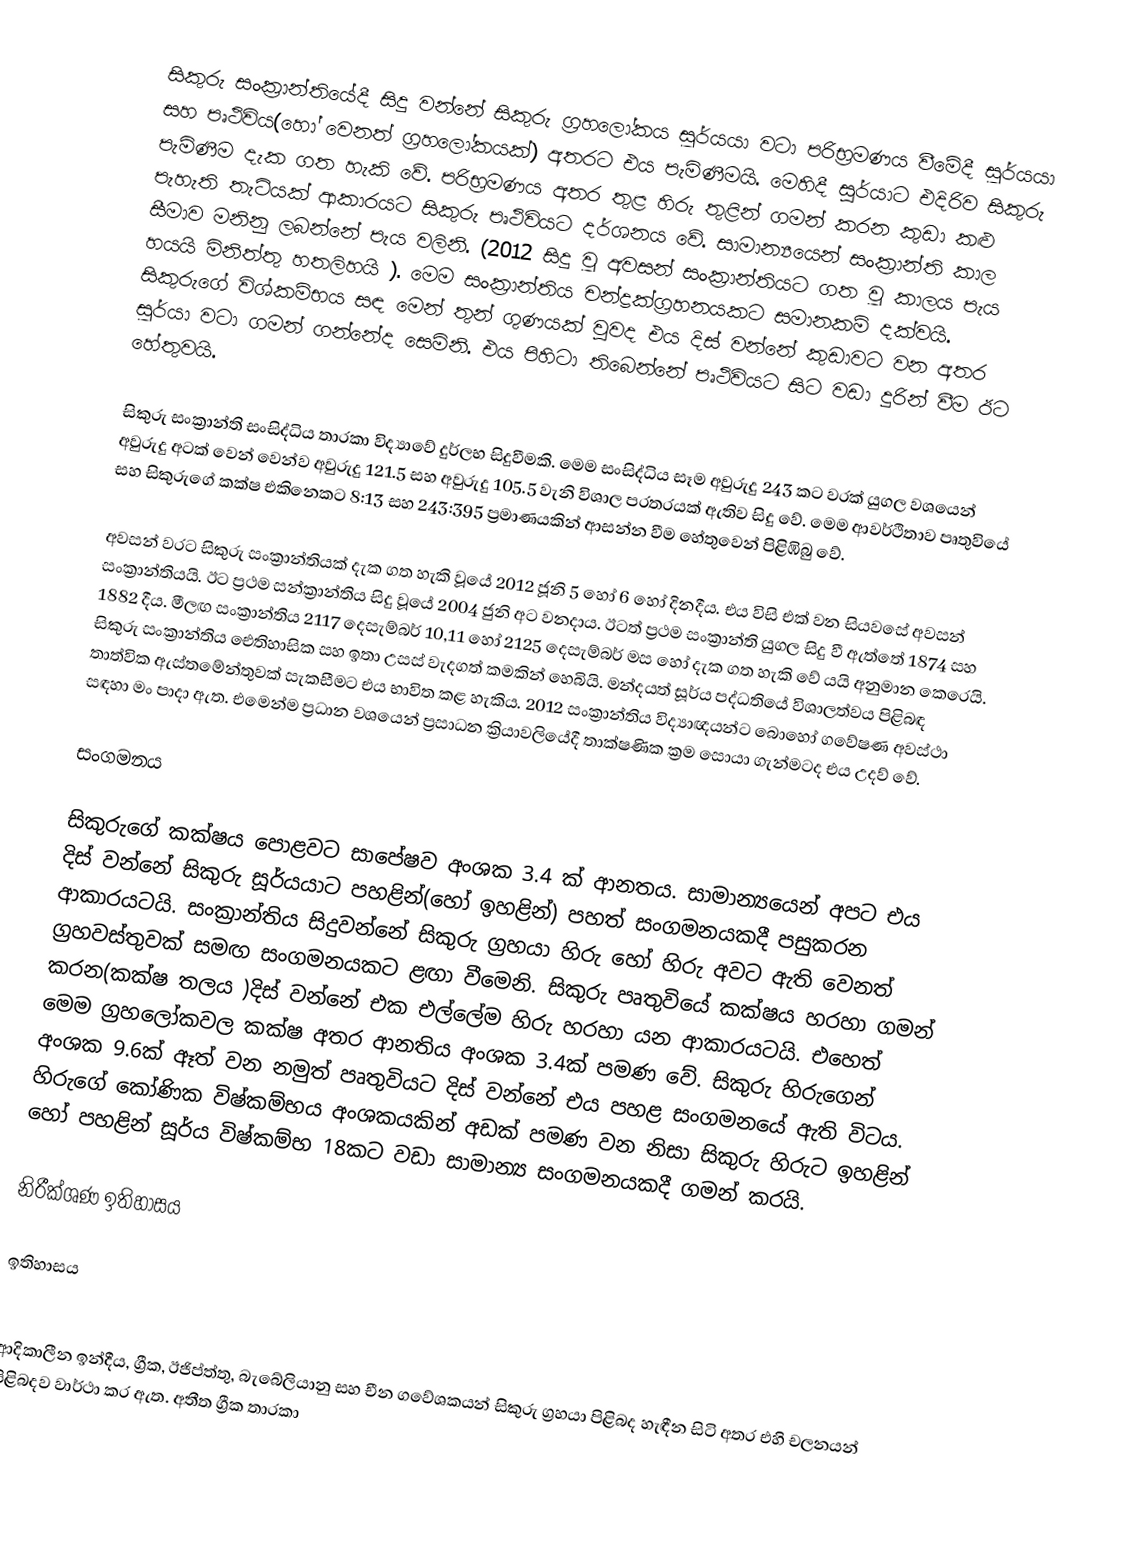
සිකුරු සංක්‍රාන්තියේදී සිදු වන්නේ සිකුරු ග්‍රහලෝකය සූර්යයා වටා පරිභ්‍රමණය වීමේදී සූර්යයා සහ පෘථිවිය(හෝ වෙනත් ග්‍රහලෝකයක්) අතරට එය පැමිණීමයි. මෙහිදී සුර්යාට එදිරිව සිකුරු පැමිණීම දැක ගත හැකි වේ. පරිභ්‍රමණය අතර තුළ හිරු තුළින් ගමන් කරන කුඩා කළු පැහැති තැටියක් ආකාරයට සිකුරු පෘථිවියට දර්ශනය වේ. සාමාන්‍යයෙන් සංක්‍රාන්ති කාල සීමාව මනිනු ලබන්නේ පැය වලිනි. (2012 සිදු වූ අවසන් සංක්‍රාන්තියට ගත වූ කාලය පැය හයයි මිනිත්තු හතලිහයි ). මෙම සංක්‍රාන්තිය චන්ද්‍රක්ග්‍රහනයකට සමානකම් දක්වයි. සිකුරුගේ විශ්කම්භය සඳ මෙන් තුන් ගුණයක් වුවද එය දිස් වන්නේ කුඩාවට වන අතර සූර්යා වටා ගමන් ගන්නේද සෙමිනි. එය පිහිටා තිබෙන්නේ පෘථිවියට සිට වඩා දුරින් වීම ඊට හේතුවයි.

සිකුරු සංක්‍රාන්ති සංසිද්ධිය තාරකා විද්‍යාවේ දුර්ලභ සිදුවීමකි. මෙම සංසිද්ධිය සෑම අවුරුදු 243 කට වරක් යුගල වශයෙන් අවුරුදු අටක් වෙන් වෙන්ව අවුරුදු 121.5 සහ අවුරුදු 105.5 වැනි විශාල පරතරයක් ඇතිව සිදු වේ. මෙම ආවර්ථිතාව පෘතුවියේ සහ සිකුරුගේ කක්ෂ එකිනෙකට 8:13 සහ 243:395 ප්‍රමාණයකින් ආසන්න වීම හේතුවෙන් පිළිඹිබු  වේ.

අවසන් වරට සිකුරු සංක්‍රාන්තියක් දැක ගත හැකි  වූයේ 2012 ජූනි 5 හෝ  6 හෝ දිනදීය. එය විසි එක් වන සියවසේ අවසන් සංක්‍රාන්තියයි. ඊට ප්‍රථම සන්ක්‍රාන්තිය සිදු වූයේ 2004 ජුනි අට  වනදාය. ඊටත් ප්‍රථම සංක්‍රාන්ති යුගල සිදු වී ඇත්තේ 1874 සහ 1882 දීය. මීලඟ සංක්‍රාන්තිය 2117 දෙසැම්බර් 10,11 හෝ 2125 දෙසැම්බර් මස හෝ දැක ගත හැකි වේ යයි අනුමාන කෙරෙයි. සිකුරු සංක්‍රාන්තිය ඓතිහාසික සහ ඉතා උසස් වැදගත් කමකින් හෙබියි. මන්දයත් සූර්ය පද්ධතියේ විශාලත්වය පිළිබඳ තාත්වික ඇස්තමේන්තුවක් සැකසීමට එය භාවිත කළ හැකිය. 2012 සංක්‍රාන්තිය විද්‍යාඥයන්ට බොහෝ ගවේෂණ අවස්ථා සඳහා මං පාදා ඇත. එමෙන්ම ප්‍රධාන වශයෙන් ප්‍රසාධන ක්‍රියාවලියේදී තාක්ෂණික ක්‍රම සොයා ගැන්මටද එය උදව් වේ.

සංගමනය

සිකුරුගේ කක්ෂය පොළවට සාපේෂව අංශක 3.4 ක් ආනතය. සාමාන්‍යයෙන් අපට එය දිස් වන්නේ සිකුරු සූර්යයාට පහළින්(හෝ ඉහළින්) පහත් සංගමනයකදී පසුකරන ආකාරයටයි. සංක්‍රාන්තිය සිදුවන්නේ  සිකුරු ග්‍රහයා හිරු හෝ හිරු අවට ඇති වෙනත් ග්‍රහවස්තුවක් සමඟ සංගමනයකට ළඟා වීමෙනි. සිකුරු පෘතුවියේ කක්ෂය හරහා ගමන් කරන(කක්ෂ තලය )දිස් වන්නේ එක එල්ලේම හිරු හරහා යන ආකාරයටයි. එහෙත් මෙම ග්‍රහලෝකවල  කක්ෂ අතර ආනතිය අංශක 3.4ක් පමණ වේ. සිකුරු හිරුගෙන් අංශක 9.6ක් ඈත් වන නමුත් පෘතුවියට දිස් වන්නේ එය පහළ සංගමනයේ ඇති විටය. හිරුගේ කෝණික විෂ්කම්භය අංශකයකින් අඩක් පමණ වන නිසා සිකුරු හිරුට ඉහළින් හෝ පහළින් සූර්ය විෂ්කම්භ 18කට වඩා සාමාන්‍ය සංගමනයකදී ගමන් කරයි.

නිරීක්ශණ ඉතිහාසය

ඉතිහාසය

ආදිකාලීන ඉන්දීය, ග්‍රීක, ඊජිප්ත්තු, බැබේලියානු සහ චීන ගවේශකයන් සිකුරු ග්‍රහයා පිළිබද හැඳීන සිටි අතර එහි චලනයන් පිළිබදව වාර්ථා කර ඇත. අතීත ග්‍රීක තාරකා